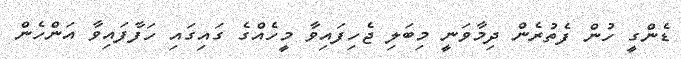
ޑެންގީ ހުން ފެތުރެން ދިމާވަނީ މިބަލި ޖެހިފައިވާ މީހެއްގެ ގައިގައި ހަފާފައިވާ އަންހެން